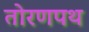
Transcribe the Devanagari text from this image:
तोरणपथ